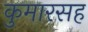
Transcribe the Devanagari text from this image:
कुमारसह